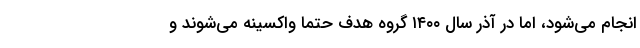
انجام می‌شود، اما در آذر سال ۱۴۰۰ گروه هدف حتما واکسینه می‌شوند و